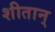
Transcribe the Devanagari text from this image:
शीतान्